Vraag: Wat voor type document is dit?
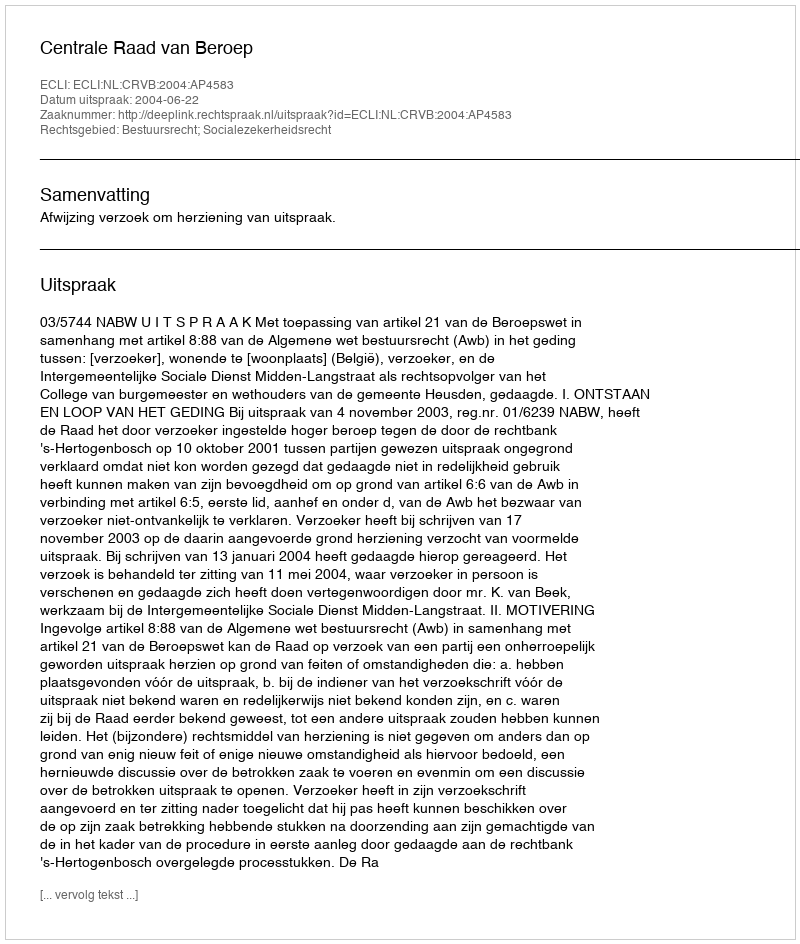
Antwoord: Uitspraak